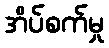
အိပ်စက်မှု